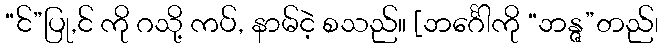
“င်”ပြု,င် ကို ဂသို့ ကပ်, နာမ်ငဲ့ စသည်။ [ဘင်္ဂေါကို “ဘန္ဇ”တည်၊